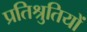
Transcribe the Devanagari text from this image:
प्रतिश्रुतियों